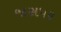
જાસપર